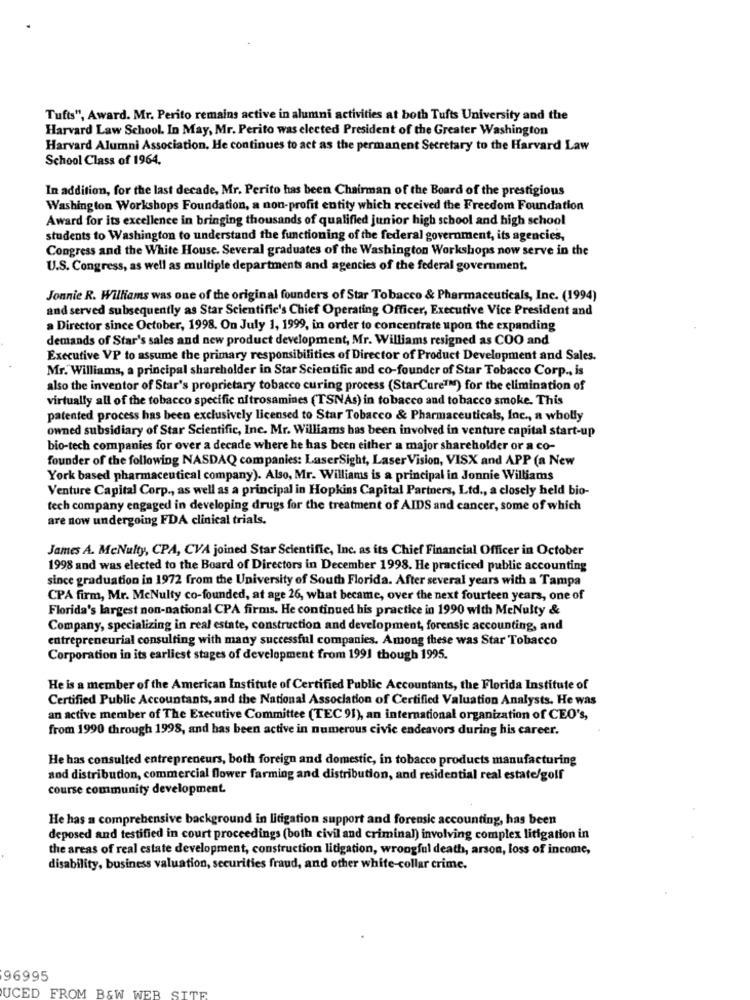
Tufts", Award. Mr. Perito remains active in alumni activities at both Tufts University and the
Harvard Law School. In May, Mr. Perito was elected President of the Greater Washington
Harvard Alumni Association, He continues to act as the permanent Secretary to the Harvard Law
School Class of 1964.
In addition, for the last decade, Mr. Perito has been Chairman of the Board of the prestigious
Washington Workshops Foundation, a non-profit entity which received the Freedom Foundation
Award for its excellence in bringing thousands of qualified junior high school and high school
students to Washington to understand the functioning of the federal government, its agencies,
Congress and the White House. Several graduates of the Washington Workshops now serve in the
U.S. Congress, as well as multiple departments and agencies of the federal government.
Jonnie R. Williams was one of the original founders of Star Tobacco & Pharmaceuticals, Inc. (1994)
and served subsequently as Star Scientific's Chief Operating Officer, Executive Vice President and
a Director since October, 1998. On July 1, 1999, in order to concentrate upon the expanding
demands of Star's sales and new product development, Mr. Williams resigned as COO and
Executive VP to assume the primary responsibilities of Director of Product Development and Sales.
Mr. Williams, a principal shareholder in Star Scientific and co-founder of Star Tobacco Corp ., is
also the inventor of Star's proprietary tobacco curing process (StarCure"") for the elimination of
virtually all of the tobacco specific nitrosamines (TSNAs) in tobacco and tobacco smoke. This
patented process has been exclusively licensed to Star Tobacco & Pharmaceuticals, Inc ., a wholly
owned subsidiary of Star Scientific, Inc. Mr. Williams has been involved in venture capital start-up
bio-tech companies for over a decade where he has been either a major shareholder or a co-
founder of the following NASDAQ companies: LaserSight, Laser Vision, VISX and APP (a New
York based pharmaceutical company). Also, Mr. Williams is a principal in Jonnie Williams
Venture Capital Corp ., as well as a principal in Hopkins Capital Partners, Ltd ., a closely held bio-
tech company engaged in developing drugs for the treatment of AIDS and cancer, some of which
are now undergoing FDA clinical trials.
James A. McNulty, CPA, CVA joined Star Scientific, Inc. as its Chief Financial Officer in October
1998 and was elected to the Board of Directors in December 1998. He practiced public accounting
since graduation in 1972 from the University of South Florida. After several years with a Tampa
CPA firm, Mr. McNulty co-founded, at age 26, what became, over the next fourteen years, one of
Florida's largest non-national CPA firms. He continued his practice in 1990 with MeNulty &
Company, specializing in real estate, construction and development, forensic accounting, and
entrepreneurial consulting with many successful companies. Among these was Star Tobacco
Corporation in its earliest stages of development from 1991 though 1995.
He is a member of the American Institute of Certified Public Accountants, the Florida Institute of
Certified Public Accountants, and the National Association of Certified Valuation Analysts. He was
an active member of The Executive Committee (TEC 91), an international organization of CEO's,
from 1990 through 1998, and has been active in numerous civic endeavors during his career.
He has consulted entrepreneurs, both foreign and domestic, in tobacco products manufacturing
and distribution, commercial flower farming and distribution, and residential real estate/golf
course community development.
He has a comprehensive background in litigation support and forensic accounting, has been
deposed and testified in court proceedings (both civil and criminal) involving complex litigation in
the areas of real estate development, construction litigation, wrongful death, arson, loss of income,
disability, business valuation, securities fraud, and other white-collar crime.
96995
UCED FROM B&W WEB SITE